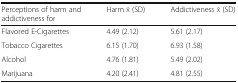
<table><thead><tr><td><b>Perceptions of harm and addictiveness for</b></td><td><b>Harm x̄ (SD)</b></td><td><b>Addictiveness x̄ (SD)</b></td></tr></thead><tbody><tr><td>Flavored E-Cigarettes</td><td>4.49 (2.12)</td><td>5.61 (2.17)</td></tr><tr><td>Tobacco Cigarettes</td><td>6.15 (1.70)</td><td>6.93 (1.58)</td></tr><tr><td>Alcohol</td><td>4.76 (1.81)</td><td>5.49 (2.02)</td></tr><tr><td>Marijuana</td><td>4.20 (2.41)</td><td>4.81 (2.55)</td></tr></tbody></table>